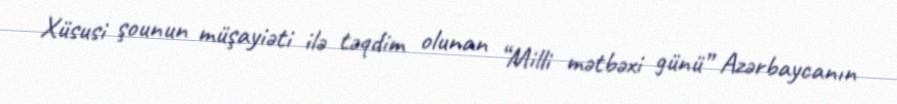
Xüsusi şounun müşayiəti ilə təqdim olunan “Milli mətbəxi günü” Azərbaycanın